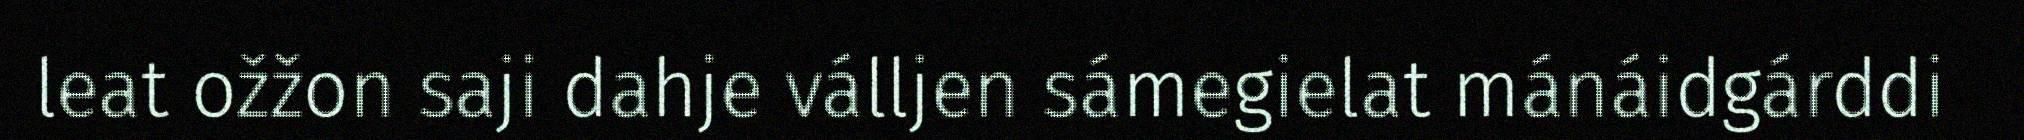
leat ožžon saji dahje válljen sámegielat mánáidgárddi